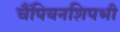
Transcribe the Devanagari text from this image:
चैंपियनशिपभी